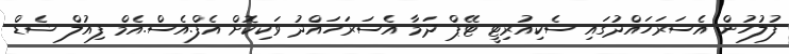
ފުލުހުން އެސަރަހައްދުގައި ސެކިއުރިޓީ ޓޭޕް ދަމާ އެސަރަހައްދު ވަކިކޮށް އެފް.އެސް.އެމް ފިއުލް ޝެޑް